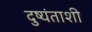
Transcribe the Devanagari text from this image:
दुष्यंताशी